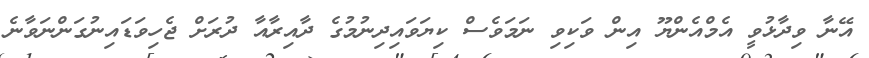
އޭނާ ވިދާޅުވީ އެމްއެންޔޫ އިން ވަކިވި ނަމަވެސް ކިޔަވައިދިނުމުގެ ދާއިރާއާ ދުރަށް ޖެހިވަޑައިނުގަންނަވާނެ